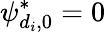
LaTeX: \psi_{d_{i},0}^{*}=0